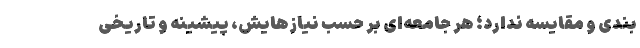
بندی و مقایسه ندارد؛ هر جامعه‌ای بر حسب نیازهایش، پیشینه و تاریخی